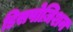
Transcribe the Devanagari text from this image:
डिसपोज़िशन